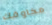
مخاوفك